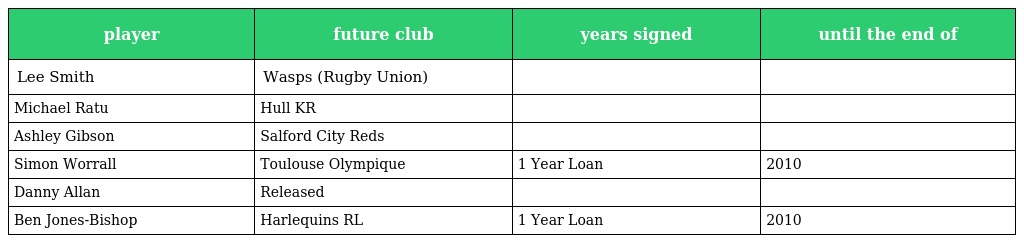
| player | future club | years signed | until the end of |
 | --- | --- | --- | --- |
 | Lee Smith | Wasps (Rugby Union) |  |  |
 | Michael Ratu | Hull KR |  |  |
 | Ashley Gibson | Salford City Reds |  |  |
 | Simon Worrall | Toulouse Olympique | 1 Year Loan | 2010 |
 | Danny Allan | Released |  |  |
 | Ben Jones-Bishop | Harlequins RL | 1 Year Loan | 2010 |